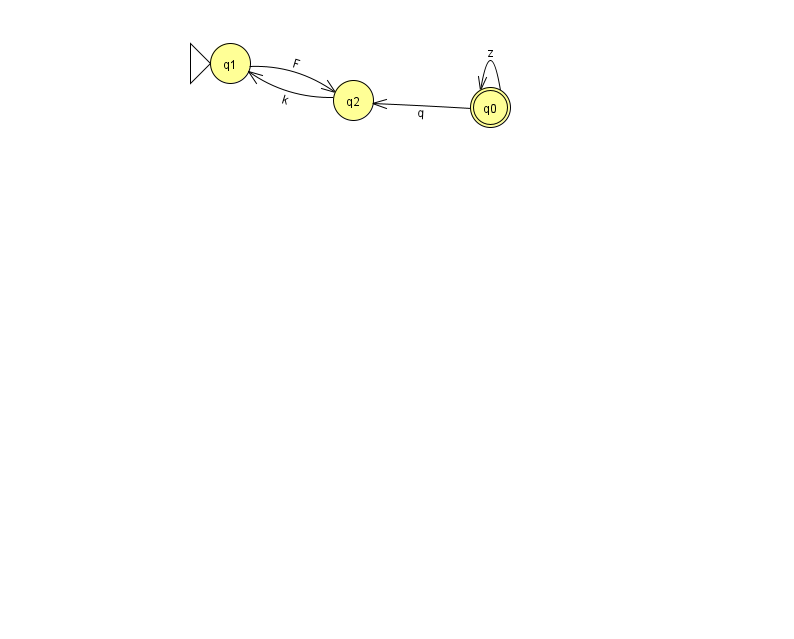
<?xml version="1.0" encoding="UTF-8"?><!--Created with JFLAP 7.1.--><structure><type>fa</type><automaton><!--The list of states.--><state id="0" name="q0"><x>490.0</x><y>94.0</y><final/></state><state id="1" name="q1"><x>230.0</x><y>50.0</y><initial/></state><state id="2" name="q2"><x>353.0</x><y>87.0</y></state><!--The list of transitions.--><transition><from>0</from><to>2</to><read>q</read></transition><transition><from>1</from><to>2</to><read>F</read></transition><transition><from>0</from><to>0</to><read>z</read></transition><transition><from>2</from><to>1</to><read>k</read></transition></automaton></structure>